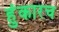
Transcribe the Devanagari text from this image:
हुंकारच